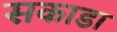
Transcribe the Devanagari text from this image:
सकाडा